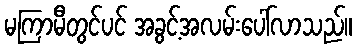
မကြာမီတွင်ပင် အခွင့်အလမ်းပေါ်လာသည်။